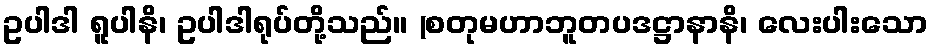
ဥပါဒါ ရူပါနိ၊ ဥပါဒါရုပ်တို့သည်။ (စတုမဟာဘူတပဒဋ္ဌာနာနိ၊ လေးပါးသော